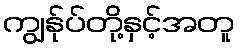
ကျွန်ုပ်တို့နှင့်အတူ